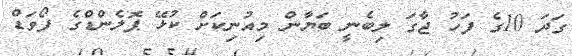
ގަދަ 10ގެ ފަހު ޖާގަ ލިބެނީ ބަޔާން މިއުނިކަށް ކުޅޭ ޕޮލެންޑްގެ ފޯވަޑް